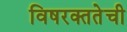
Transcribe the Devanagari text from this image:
विषरक्ततेची